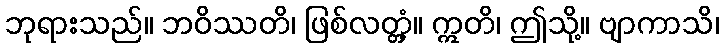
ဘုရားသည်။ ဘဝိဿတိ၊ ဖြစ်လတ္တံ့။ ဣတိ၊ ဤသို့။ ဗျာကာသိ၊